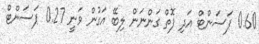
0.60 ޕަސަންޓް އަދި ފޮތް ގަންނަން ލިބޭ އަގުން ވަނީ 0.27 ޕަސަންޓް